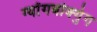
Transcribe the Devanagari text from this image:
ग्योंगबोक्गुंग